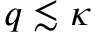
q \lesssim \kappa